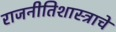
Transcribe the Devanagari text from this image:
राजनीतिशास्त्राचे